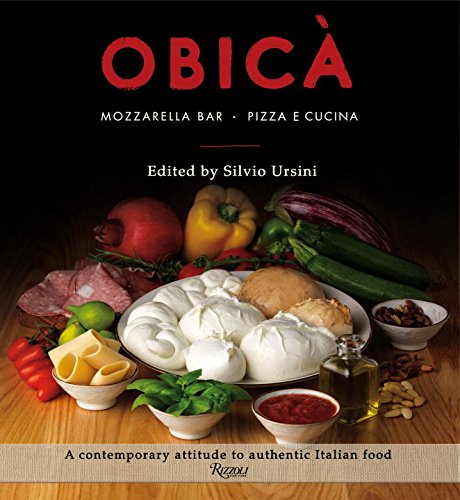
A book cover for Obica: Mozzarella Bar. Pizza e Cucina. The Cookbook; Cookbooks, Food & Wine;